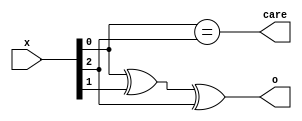
module single (
	input [2:0] x,
	output o,
	output care
);
	assign o = x[0] ^ x[1] ^ x[2];
	assign care = x[0] == x[2];
endmodule